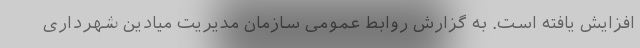
افزایش یافته است. به گزارش روابط عمومی سازمان مدیریت میادین شهرداری